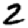
Digit: 2